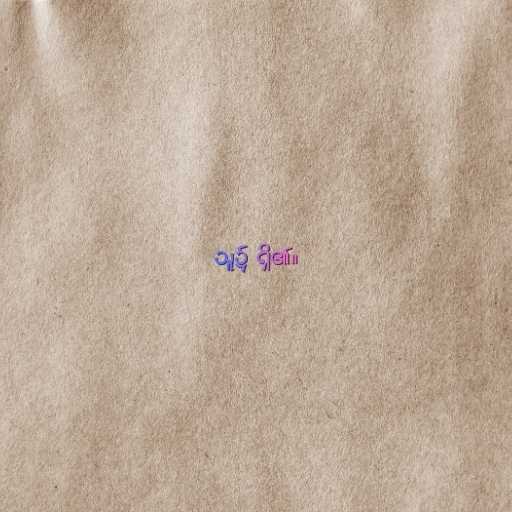
သူ၌ ရှိ၏။